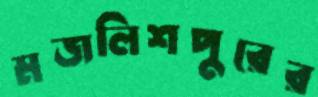
মজলিশপুরের